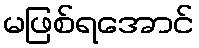
မဖြစ်ရအောင်